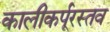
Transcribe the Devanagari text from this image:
कालीकर्पूरस्तव